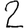
Digit: 2